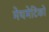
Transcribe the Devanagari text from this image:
मेथमेटिको